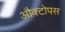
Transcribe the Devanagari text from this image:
औक्टोपस